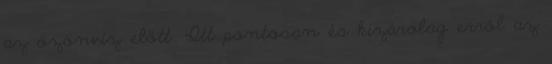
az özönvíz előtt. Itt pontosan és kizárólag erről az